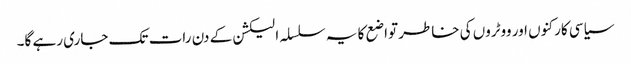
سیاسی کارکنوں اور ووٹروں کی خاطر تواضع کا یہ سلسلہ الیکشن کے دن رات تک جاری رہے گا۔